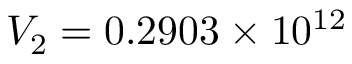
V _ { 2 } = 0 . 2 9 0 3 \times 1 0 ^ { 1 2 }